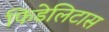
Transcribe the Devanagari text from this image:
फिडेलिटास